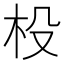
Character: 杸